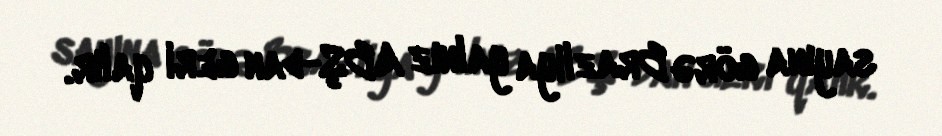
sayına görə Brazliya yalnız ABŞ-dan geri qalır.